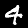
Label: 4